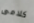
كلامى